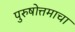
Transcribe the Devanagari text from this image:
पुरुषोत्तमाचा